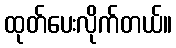
ထုတ်ပေးလိုက်တယ်။